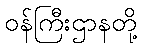
ဝန်ကြီးဌာနတို့